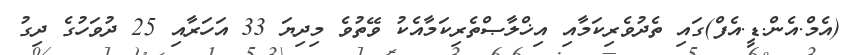
(އެމް.އެން.ޑީ.އެފް)ގައި ތެދުވެރިކަމާއި އިޚްލާޞްތެރިކަމާއެކު ވޭތުވެ މިދިޔަ 33 އަހަރާއި 25 ދުވަހުގެ ދިގު